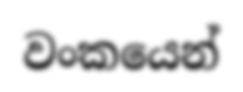
වංකයෙන්